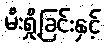
မီးရှို့ခြင်းနှင့်